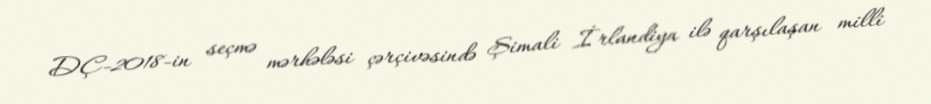
DÇ-2018-in seçmə mərhələsi çərçivəsində Şimali İrlandiya ilə qarşılaşan milli